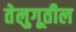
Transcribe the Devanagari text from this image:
तेलुगूतील